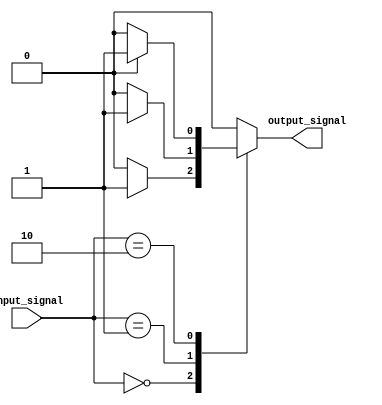
module case_with_if_else (
    input [1:0] input_signal,
    output reg output_signal
);

always @*
begin
    case (input_signal)
        2'b00: begin
            if (condition1)
                output_signal = 1;
            else
                output_signal = 0;
        end
        
        2'b01: begin
            if (condition2)
                output_signal = 1;
            else
                output_signal = 0;
        end
        
        2'b10: begin
            if (condition3)
                output_signal = 1;
            else
                output_signal = 0;
        end
        
        default: begin
            output_signal = 0;
        end
    endcase
end

endmodule